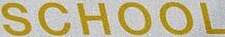
SCHOOL